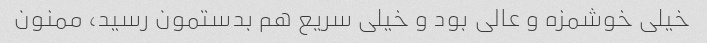
خیلی خوشمزه و عالی بود و خیلی سریع هم بدستمون رسید، ممنون